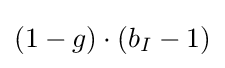
(1-g)\cdot (b_{I}-1)